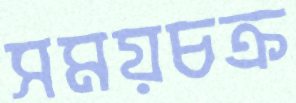
সময়চক্র